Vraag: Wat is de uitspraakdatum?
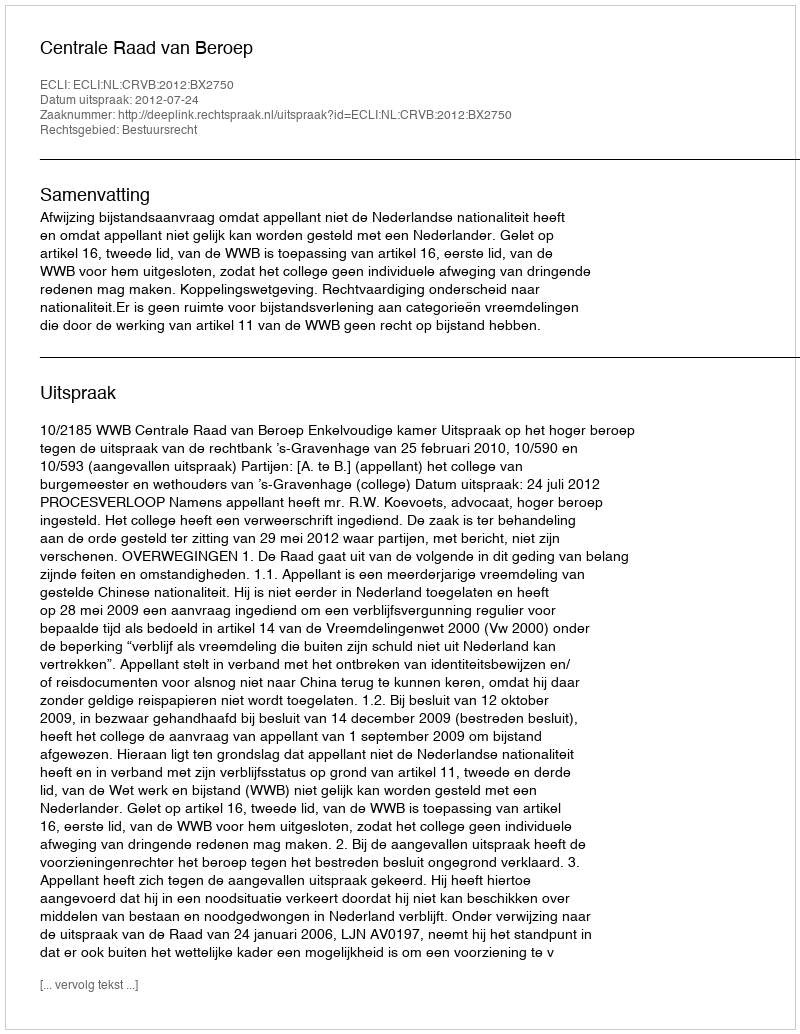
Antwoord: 2012-07-24